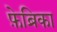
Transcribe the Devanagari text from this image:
फ़ेब्रिका